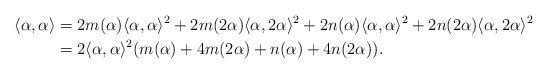
LaTeX: \begin{align*}\langle \alpha, \alpha \rangle&= 2m(\alpha) \langle \alpha, \alpha \rangle^{2} + 2m(2\alpha) \langle \alpha, 2\alpha \rangle^{2}+ 2n(\alpha) \langle \alpha, \alpha \rangle^{2} + 2n(2\alpha) \langle \alpha, 2\alpha \rangle^{2}\\&= 2\langle \alpha, \alpha \rangle^{2}(m(\alpha)+4m(2\alpha ) + n(\alpha)+4n(2\alpha)).\end{align*}